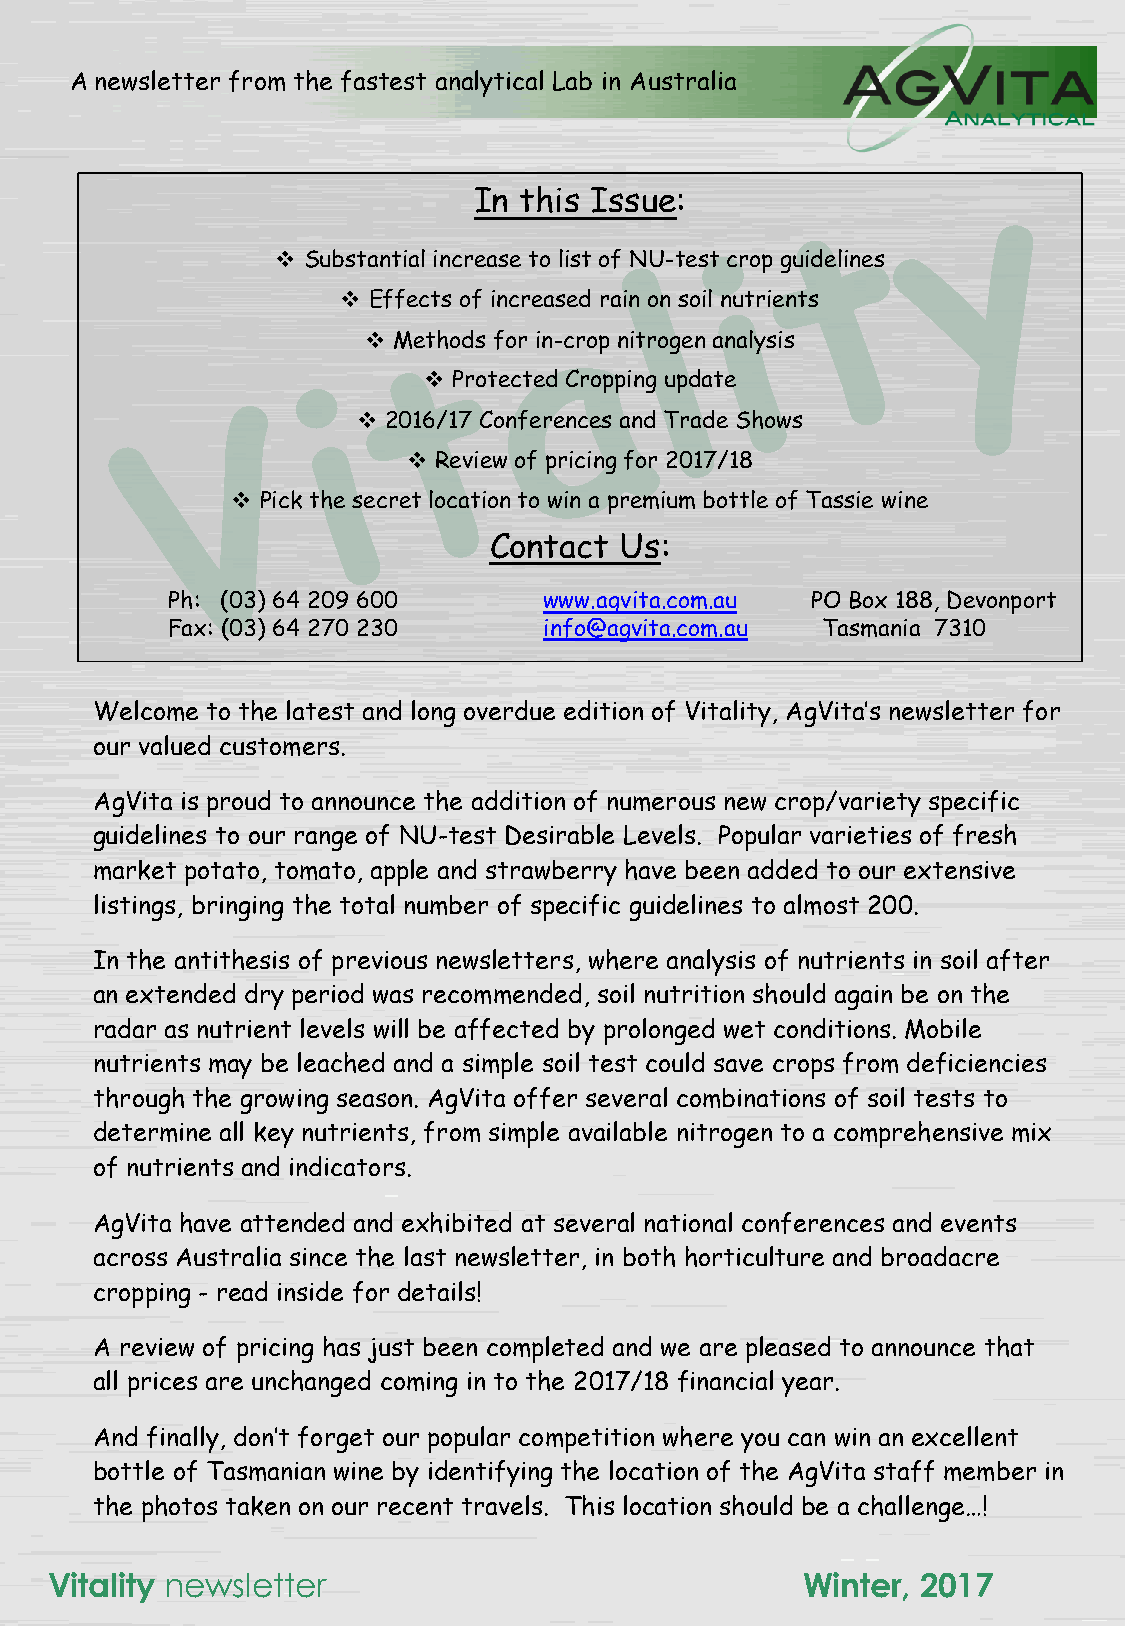
A newsletter from the fastest analytical Lab in Australia
 In this Issue:
 ❖ Substantial increase to list of NU-test crop guidelines
 ❖ Effects of increased rain on soil nutrients
 ❖ Methods for in-crop nitrogen analysis
 ❖ Protected Cropping update
 ❖ 2016/17 Conferences and Trade Shows
 ❖ Review of pricing for 2017/18
 ❖ Pick the secret location to win a premium bottle of Tassie wine
 Contact  Us:
 Ph: (03) 64 209 600      www.agvita.com.au PO Box 188, Devonport
 Fax: (03) 64 270 230     info@agvita.com.au Tasmania 7310
 Welcome to the latest and long overdue edition of Vitality, AgVita’s newsletter for
 our valued customers.
 AgVita is proud to announce the addition of numerous new crop/variety specific
 guidelines to our range of NU-test Desirable Levels. Popular varieties of fresh
 market potato, tomato, apple and strawberry have been added to our extensive
 listings, bringing the total number of specific guidelines to almost 200.
 In the antithesis of previous newsletters, where analysis of nutrients in soil after
 an extended dry period was recommended, soil nutrition should again be on the
 radar as nutrient levels will be affected by prolonged wet conditions. Mobile
 nutrients may be leached and a simple soil test could save crops from deficiencies
 through the growing season. AgVita offer several combinations of soil tests to
 determine all key nutrients, from simple available nitrogen to a comprehensive mix
 of nutrients and indicators.
 AgVita have attended and exhibited at several national conferences and events
 across Australia since the last newsletter, in both horticulture and broadacre
 cropping - read inside for details!
 A review of pricing has just been completed and we are pleased to announce that
 all prices are unchanged coming in to the 2017/18 financial year.
 And finally, don’t forget our popular competition where you can win an excellent
 bottle of Tasmanian wine by identifying the location of the AgVita staff member in
 the photos taken on our recent travels. This location should be a challenge…!
 Vitality newsletter                               Winter, 2017